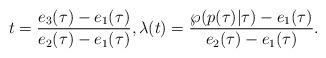
LaTeX: \begin{align*}t=\frac{e_{3}(\tau)-e_{1}(\tau)}{e_{2}(\tau)-e_{1}(\tau)},\lambda(t)=\frac{\wp(p(\tau)|\tau)-e_{1}(\tau)}{e_{2}(\tau)-e_{1}(\tau)}.\end{align*}